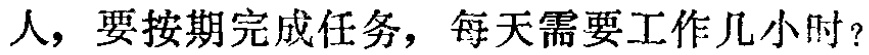
人，要按期完成任务，每天需要工作几小时？